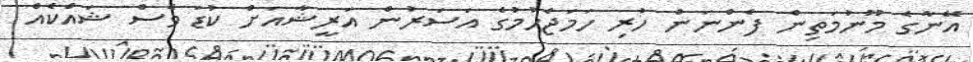
އޭނާގެ މޫނުމަތިން ފެންނަން ހުރި ހަމަޖެހުމުގެ އަސަރުން އަރީޝާއަށް ކުޑަ ވެސް ޝައްކެއް